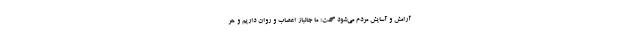
آرامش و آسایش مردم‌ می‌شود گفت: ما جانباز اعصاب و روان داریم و هر